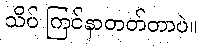
သိပ် ကြင်နာတတ်တာပဲ။